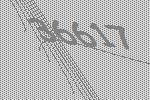
36617